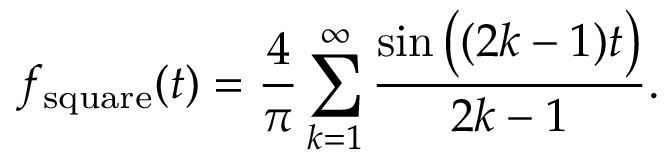
f _ { \mathrm { s q u a r e } } ( t ) = { \frac { 4 } { \pi } } \sum _ { k = 1 } ^ { \infty } { \frac { \sin { \big ( } ( 2 k - 1 ) t { \big ) } } { 2 k - 1 } } .